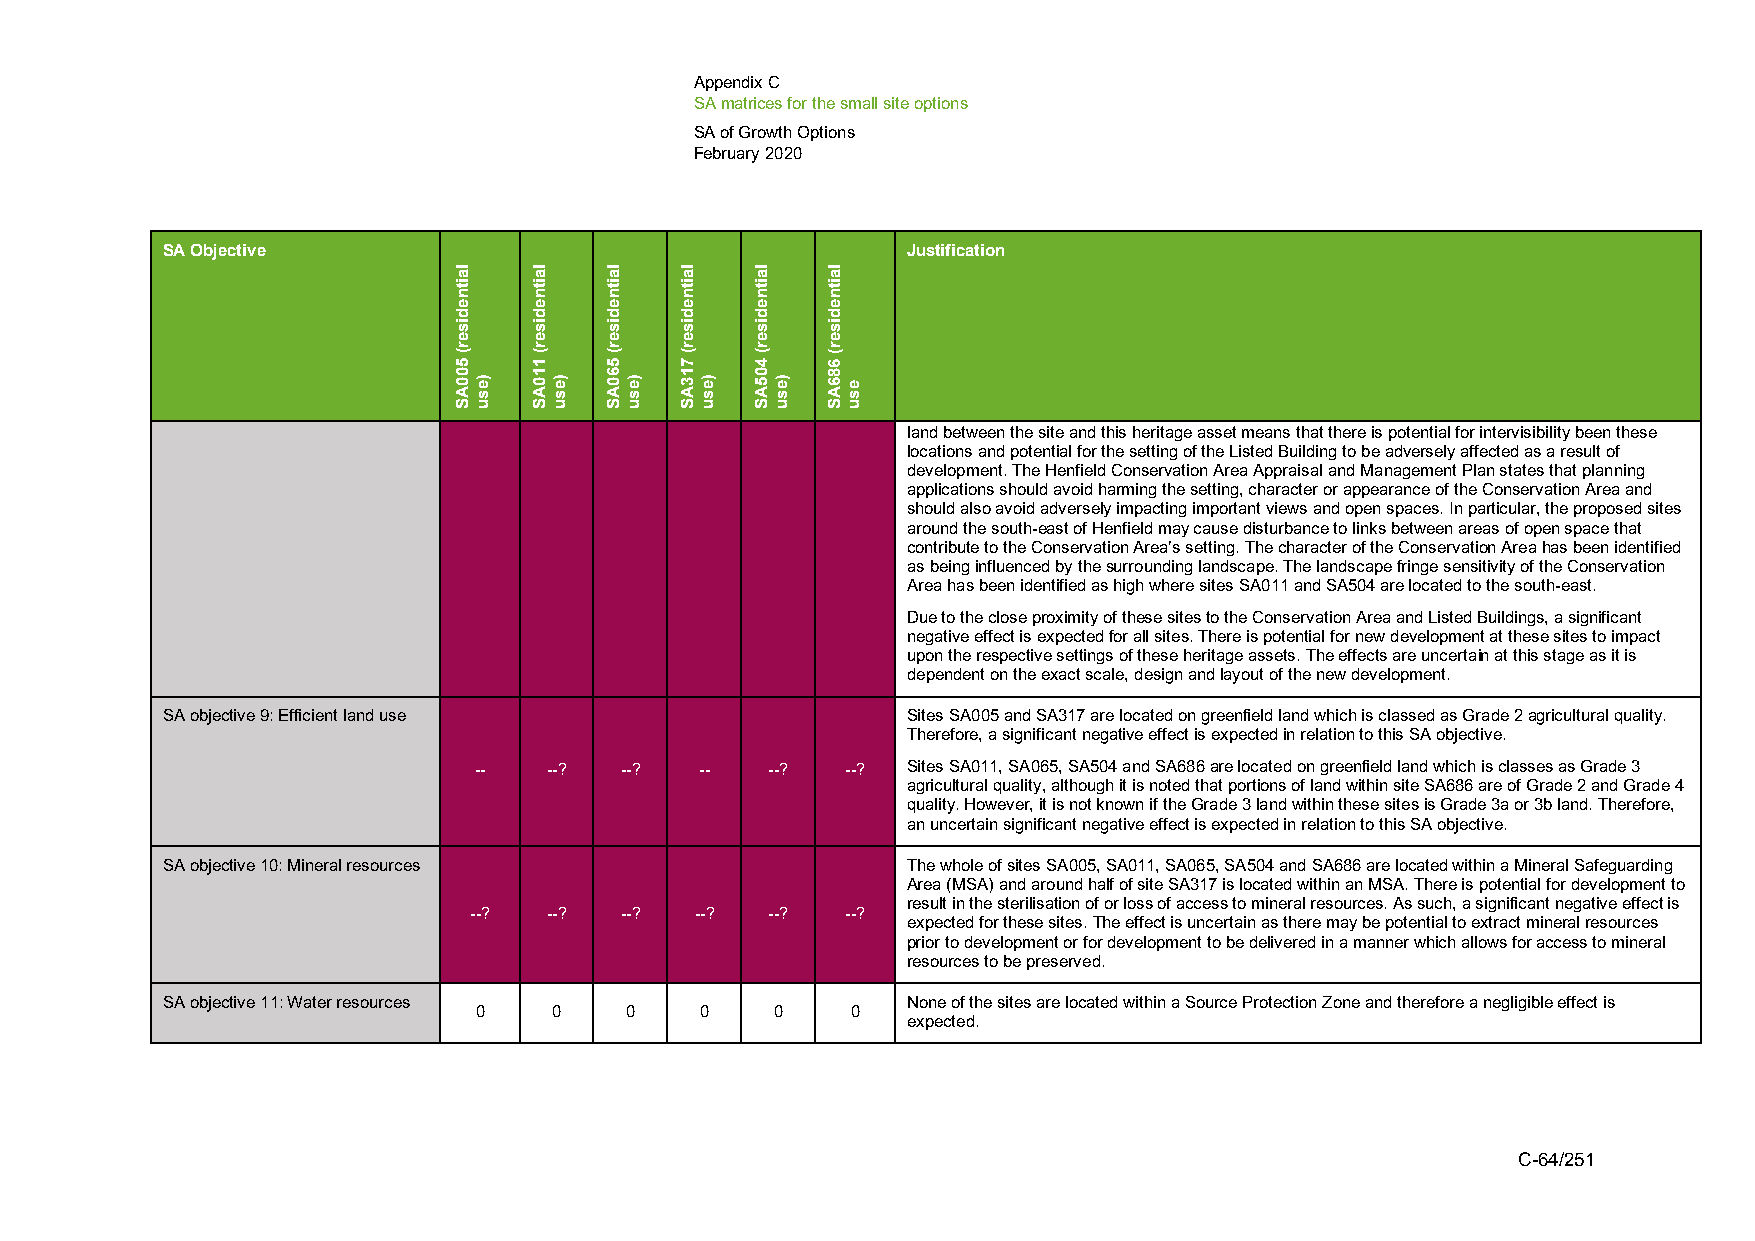
Appendix C
 SA matrices for the small site options
 SA of Growth Options
 February 2020
 SA Objective                                     Justification
 land between the site and this heritage asset means that there is potential for intervisibility been these
 locations and potential for the setting of the Listed Building to be adversely affected as a result of
 development. The Henfield Conservation Area Appraisal and Management Plan states that planning
 applications should avoid harming the setting, character or appearance of the Conservation Area and
 should also avoid adversely impacting important views and open spaces. In particular, the proposed sites
 around the south-east of Henfield may cause disturbance to links between areas of open space that
 contribute to the Conservation Area’s setting. The character of the Conservation Area has been identified
 as being influenced by the surrounding landscape. The landscape fringe sensitivity of the Conservation
 Area has been identified as high where sites SA011 and SA504 are located to the south-east.
 Due to the close proximity of these sites to the Conservation Area and Listed Buildings, a significant
 negative effect is expected for all sites. There is potential for new development at these sites to impact
 upon the respective settings of these heritage assets. The effects are uncertain at this stage as it is
 dependent on the exact scale, design and layout of the new development.
 SA objective 9: Efficient land use               Sites SA005 and SA317 are located on greenfield land which is classed as Grade 2 agricultural quality.
 Therefore, a significant negative effect is expected in relation to this SA objective.
 --   --?  --?  --   --?  --? Sites SA011, SA065, SA504 and SA686 are located on greenfield land which is classes as Grade 3
 agricultural quality, although it is noted that portions of land within site SA686 are of Grade 2 and Grade 4
 quality. However, it is not known if the Grade 3 land within these sites is Grade 3a or 3b land. Therefore,
 an uncertain significant negative effect is expected in relation to this SA objective.
 SA objective 10: Mineral resources               The whole of sites SA005, SA011, SA065, SA504 and SA686 are located within a Mineral Safeguarding
 Area (MSA) and around half of site SA317 is located within an MSA. There is potential for development to
 result in the sterilisation of or loss of access to mineral resources. As such, a significant negative effect is
 --?  --?  --?  --?  --?  --?
 expected for these sites. The effect is uncertain as there may be potential to extract mineral resources
 prior to development or for development to be delivered in a manner which allows for access to mineral
 resources to be preserved.
 SA objective 11: Water resources                 None of the sites are located within a Source Protection Zone and therefore a negligible effect is
 0     0   0    0    0    0
 expected.
 C-64/251
 laitnediser(
 500AS
 )esu
 laitnediser(
 110AS
 )esu
 laitnediser(
 560AS
 )esu
 laitnediser(
 713AS
 )esu
 laitnediser(
 405AS
 )esu
 laitnediser(
 686AS
 esu